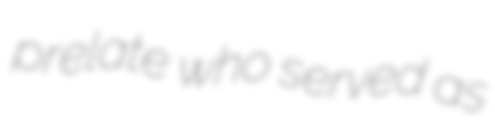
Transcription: prelate who served as